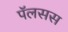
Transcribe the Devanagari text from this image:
पॅलसस